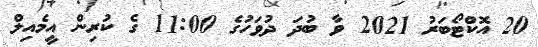
20 އޮކްޓޯބަރު 2021 ވާ ބުދަ ދުވަހުގެ 11:00 ގެ ކުރިން އީމެއިލް